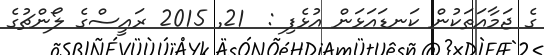
ގެ ޖަމާއަތަކުން ކަނޑައަޅަން އުޅެފި :  21